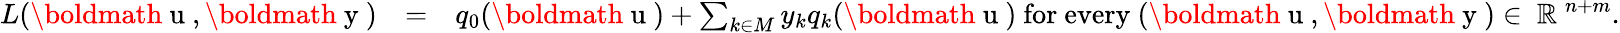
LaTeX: \begin{array}{rlr}{L(\mathrm{\boldmath~u~},\mathrm{\boldmath~y~})}&{=}&{q_{0}(\mathrm{\boldmath~u~})+\sum_{k\in M}y_{k}q_{k}(\mathrm{\boldmath~u~})\ \mathrm{for~every~}(\mathrm{\boldmath~u~},\mathrm{\boldmath~y~})\in\mathrm{~\mathbb{R}~}^{n+m}.}\end{array}